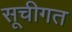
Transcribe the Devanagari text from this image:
सूचीगत